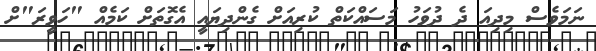
ނަމަވެސް މިދިއަ ދެ ދުވަހު މަސައްކަތް ކުރިއަށް ގެންދިޔައީ އެގޮތަށް ކަމެއް "ހަވީރަ"ށް